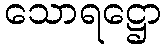
သောရဋ္ဌော